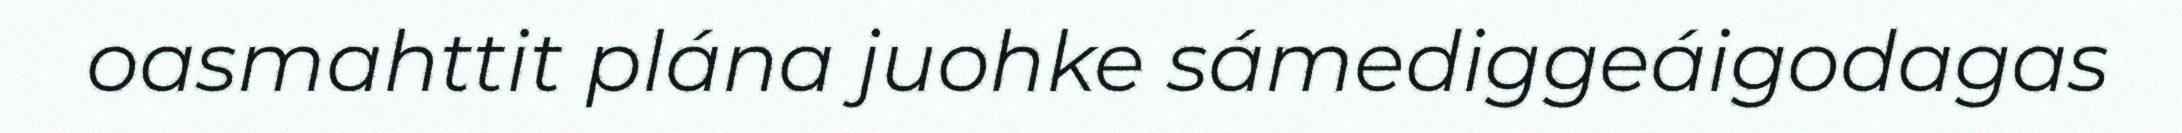
oasmahttit plána juohke sámediggeáigodagas